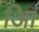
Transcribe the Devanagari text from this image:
आि